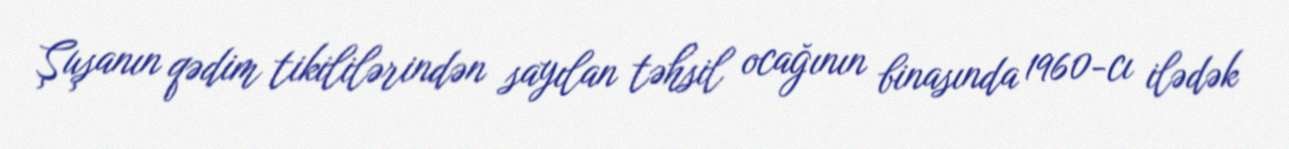
Şuşanın qədim tikililərindən sayılan təhsil ocağının binasında 1960-cı ilədək